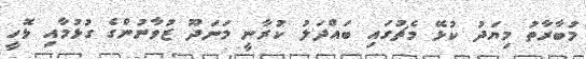
މުބާރާތު މިޔަދު ކުޅޭ މެޗުގައި ބައްދަލު ކުރާނީ މަނަދޫ ޒުވާނުންގެ ގުޅުމާއި ޅޮހީ